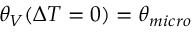
\theta _ { V } ( \Delta T = 0 ) = \theta _ { m i c r o }